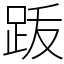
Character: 䟦